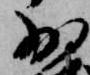
少